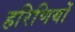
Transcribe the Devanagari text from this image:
हरिणियों